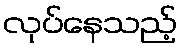
လုပ်နေသည့်